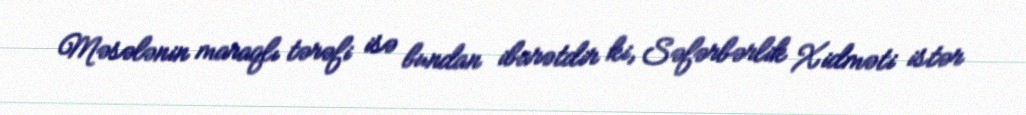
Məsələnin maraqlı tərəfi isə bundan ibarətdir ki, Səfərbərlik Xidməti istər